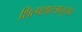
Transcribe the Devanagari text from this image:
शिल्पशास्त्रानुसार